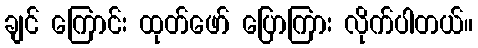
ချင် ကြောင်း ထုတ်ဖော် ပြောကြား လိုက်ပါတယ်။